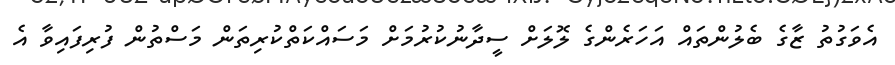
އެވަގުތު ޒާގެ ބެލުންތައް އަހަރެންގެ ލޮލަށް ސީދާނުކުރުމަށް މަސައްކަތްކުރިތަން މަސްތުން ފުރިފައިވާ އެ